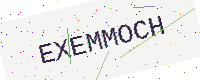
Text: EXEMMOCH